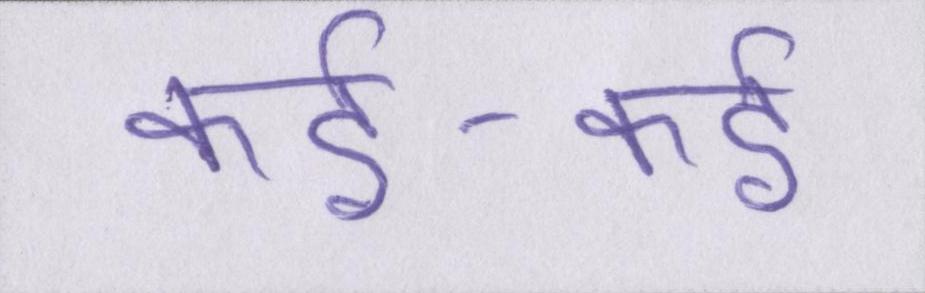
कई-कई